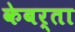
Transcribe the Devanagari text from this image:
केबर्ता